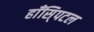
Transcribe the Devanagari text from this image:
हाँसि्पटल